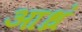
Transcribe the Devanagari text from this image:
आध्रं